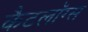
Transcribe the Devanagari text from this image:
कैटलॉग्स